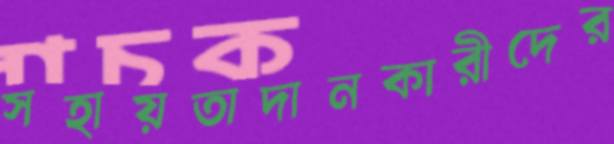
সহায়তাদানকারীদের